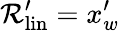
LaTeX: \mathcal{R}_{\mathrm{{{lin}}}}^{\prime}=x_{w}^{\prime}